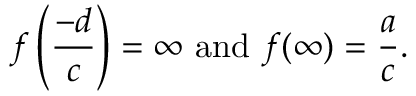
f \left( { \frac { - d } { c } } \right) = \infty { \mathrm { ~ a n d ~ } } f ( \infty ) = { \frac { a } { c } } .